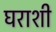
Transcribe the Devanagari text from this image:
घराशी